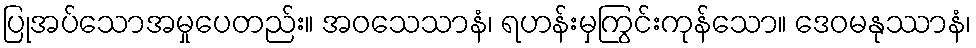
ပြုအပ်သောအမှုပေတည်း။ အဝသေသာနံ၊ ရဟန်းမှကြွင်းကုန်သော။ ဒေဝမနုဿာနံ၊